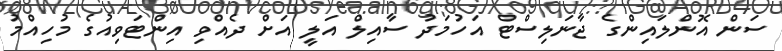
ސަން އޮންލައިންގެ ޖާނަލިސްޓް އަހުމަދު ސާއިލް އަލީ އަށް ދެއްވި އިންޓަވިއުގެ މުހިއްމު